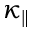
\kappa _ { \parallel }